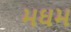
મઘમ